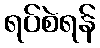
ရပ်စဲရန်